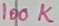
Text: 100K